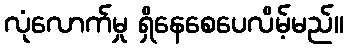
လုံလောက်မှု ရှိနေစေပေလိမ့်မည်။